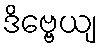
ဒိဗ္ဗေယျ